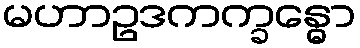
မဟာဥဒကက္ခန္ဓော